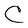
Character: C